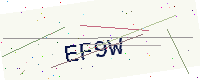
Text: EF9W